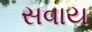
સવાય